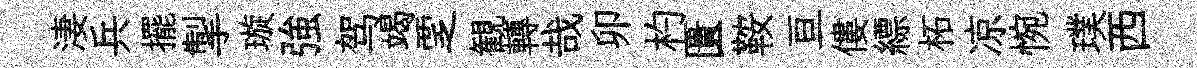
淒兵擺掣璇強驾竭覂観轉哉卯杓匱鞍亘僂縹柘凉惋璞西